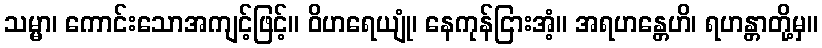
သမ္မာ၊ ကောင်းသောအကျင့်ဖြင့်။ ဝိဟရေယျုံ၊ နေကုန်ငြားအံ့။ အရဟန္တေဟိ၊ ရဟန္တာတို့မှ။